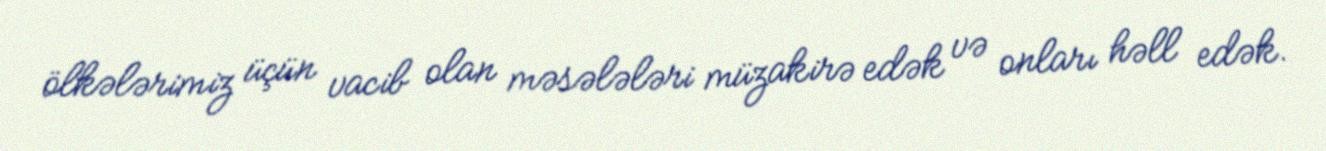
ölkələrimiz üçün vacib olan məsələləri müzakirə edək və onları həll edək.